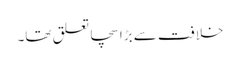
خلافت سے بڑا سچا تعلق تھا۔